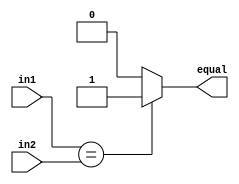
/*##########################################################################################
Note: Please dont upload the assignments, template file/solution and lab. manual on GitHub or others public repository. 
Kindly remove them, if you have uploaded the previous assignments. 
It violates the BITSs Intellectual Property Rights (IPR).
*******************************************************************************************/

module comparator (input [31:0] in1, input [31:0] in2, output reg equal);
    
    //WRITE YOUR CODE HERE
   always @(in1,in2) begin
    if(in1 == in2) equal = 1;
    else equal = 0; 
   end
endmodule